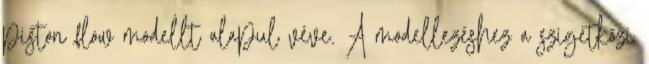
piston flow modellt alapul véve. A modellezéshez a szigetközi